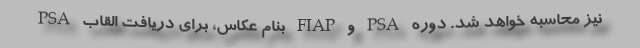
PSA بنام عکاس، برای دریافت القاب FIAP و PSA نیز محاسبه خواهد شد. دوره